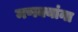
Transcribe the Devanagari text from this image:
मणक्यांना